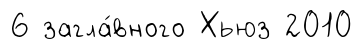
6 загла́вного Хьюз 2010